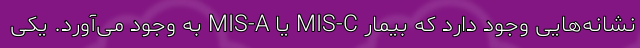
نشانه‌هایی وجود دارد که بیمار MIS-C یا MIS-A به وجود می‌آورد. یکی